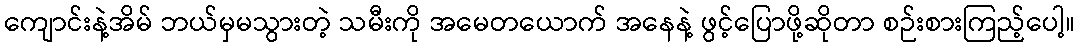
ကျောင်းနဲ့အိမ် ဘယ်မှမသွားတဲ့ သမီးကို အမေတယောက် အနေနဲ့ ဖွင့်ပြောဖို့ဆိုတာ စဉ်းစားကြည့်ပေါ့။